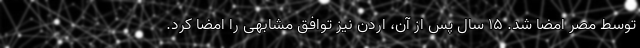
توسط مصر امضا شد. ۱۵ سال پس از آن، اردن نیز توافق مشابهی را امضا کرد.